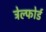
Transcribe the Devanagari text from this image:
ट्रेल्फोर्ड